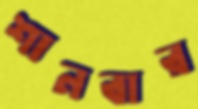
শানবার